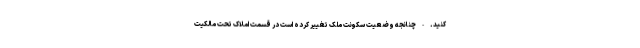
کنید. - چنانجه وضعیت سکونت ملک تغییر کرده است در قسمت املاک تحت مالکیت